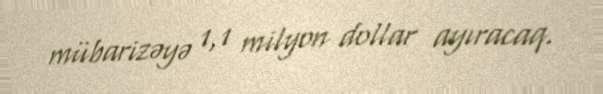
mübarizəyə 1,1 milyon dollar ayıracaq.